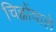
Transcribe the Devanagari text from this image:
चिह्नोंवाले